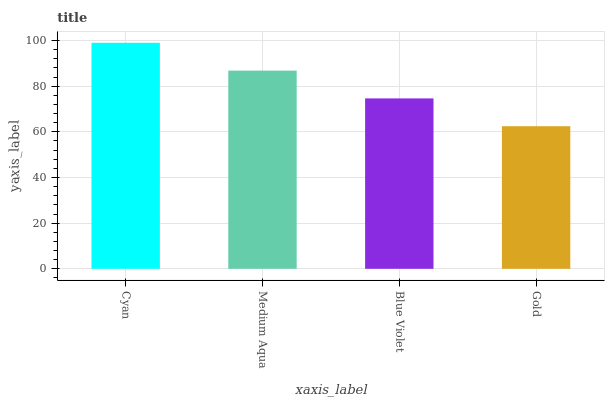
| xaxis_label | bars |
 | --- | --- |
 | Cyan | 99 |
 | Medium Aqua | 86.8 |
 | Blue Violet | 74.6 |
 | Gold | 62.5 |